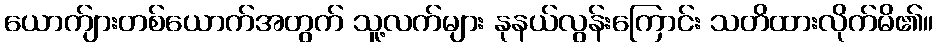
ယောက်ျားတစ်ယောက်အတွက် သူ့လက်များ နုနယ်လွန်းကြောင်း သတိထားလိုက်မိ၏။